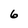
Character: 6